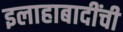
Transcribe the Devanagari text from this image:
इलाहाबादींची